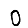
Digit: 0